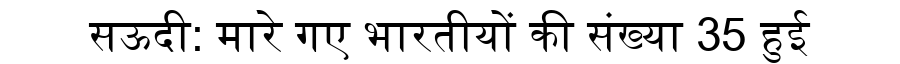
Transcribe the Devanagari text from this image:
सऊदी: मारे गए भारतीयों की संख्या 35 हुई